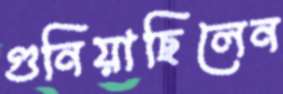
গুনিয়াছিলেন